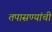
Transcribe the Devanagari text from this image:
तपासण्यांची